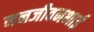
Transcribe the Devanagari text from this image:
ननजीवनभाई